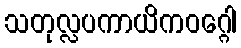
သတုလ္လပကာယိကဝဂ္ဂေါ